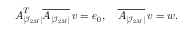
\begin{array} { r } { \boldsymbol A _ { | \mathcal I _ { \boldsymbol { 2 M } } | } ^ { T } \overline { { \boldsymbol A _ { | \mathcal I _ { \boldsymbol { 2 M } } | } } } \, \boldsymbol v = \boldsymbol e _ { \boldsymbol 0 } , \quad \overline { { \boldsymbol A _ { | \mathcal I _ { \boldsymbol { 2 M } } | } } } \, \boldsymbol v = \boldsymbol w . } \end{array}